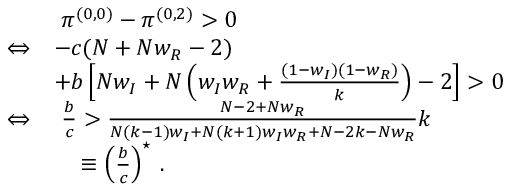
\begin{array} { r l } & { ~ \pi ^ { ( 0 , 0 ) } - \pi ^ { ( 0 , 2 ) } > 0 } \\ { \Leftrightarrow } & { - c ( N + N w _ { R } - 2 ) } \\ & { + b \left[ N w _ { I } + N \left( w _ { I } w _ { R } + \frac { ( 1 - w _ { I } ) ( 1 - w _ { R } ) } { k } \right) - 2 \right] > 0 } \\ { \Leftrightarrow } & { ~ \frac { b } { c } > \frac { N - 2 + N w _ { R } } { N ( k - 1 ) w _ { I } + N ( k + 1 ) w _ { I } w _ { R } + N - 2 k - N w _ { R } } k } \\ & { ~ ~ ~ \, \equiv \left( \frac { b } { c } \right) ^ { \star } \, . } \end{array}